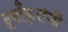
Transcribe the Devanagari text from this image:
दुर्वांकुरांनी